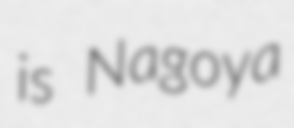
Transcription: is Nagoya